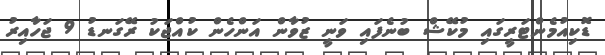
ޑޮކިއުމެންޓަރީގައި މުކޭޝް ބުނެފައި ވަނީ ޒުވާން އަންހެން ކުއްޖަކު ރޭގަނޑު 9 ޖަހާއިރު